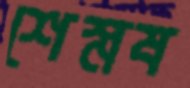
শেস্নষ